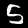
Digit: 5